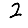
Digit: 2